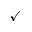
\checkmark